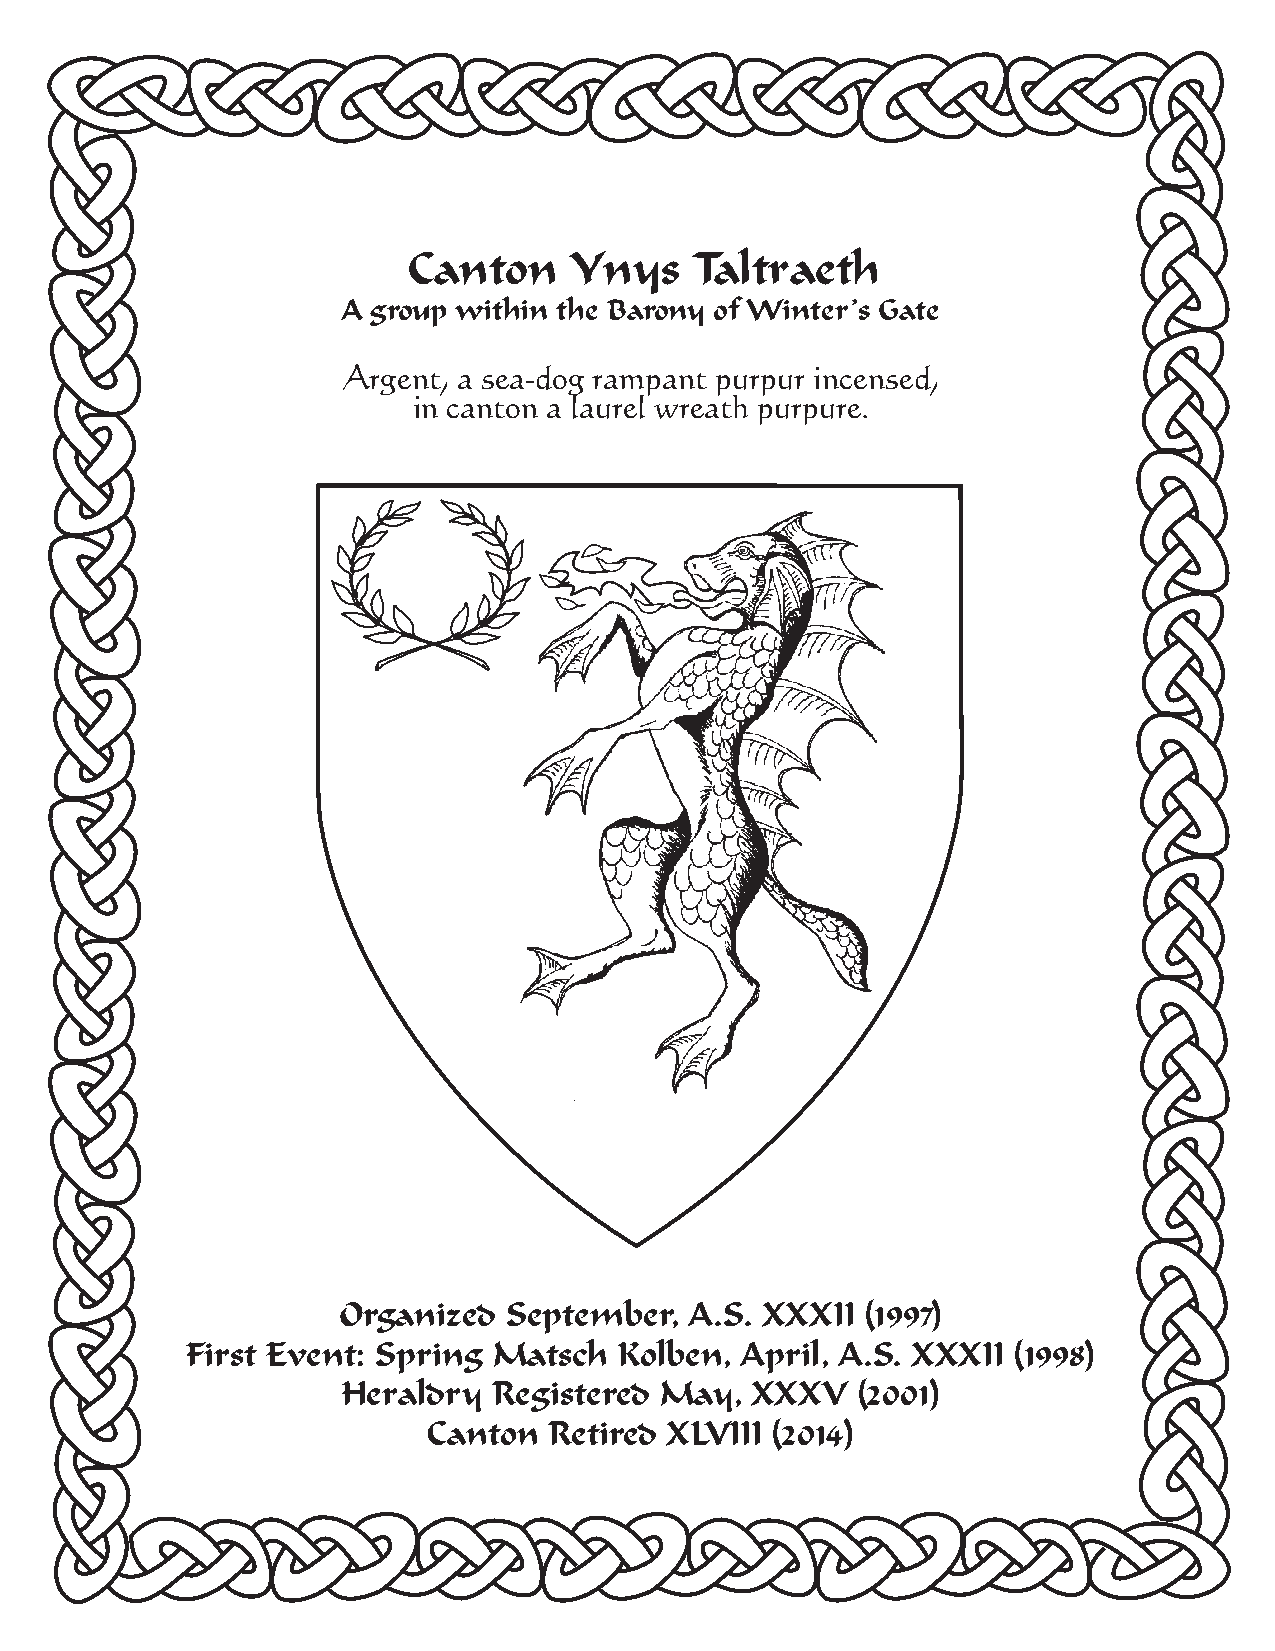
Canton     Ynys    Taltraeth
 A group within the Barony of Winter’s Gate
 Argent, a sea-dog rampant purpur incensed,
 in canton a laurel wreath purpure.
 Organized   September,  A.S. XXXII (1997)
 First Event: Spring  Matsch  Kolben, April, A.S. XXXII (1998)
 Heraldry  Registered May,  XXXV   (2001)
 Canton  Retired XLVIII (2014)